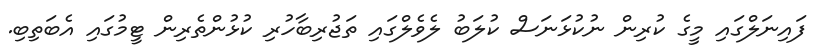
ފައިނަލްގައި މީގެ ކުރިން ނުކުޅަނަސް ކުލަބު ލެވެލްގައި ތަޖުރިބާހުރި ކުޅުންތެރިން ޓީމުގައި އެބަތިބި.